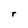
Character: r